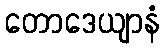
တောဒေယျာနံ